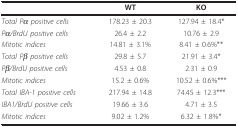
<table><thead><tr><td></td><td><b>WT</b></td><td><b>KO</b></td></tr></thead><tbody><tr><td><i>Total Pα positive cells</i></td><td>178.23 ± 20.3</td><td>127.94 ± 18.4*</td></tr><tr><td><i>Pα/BrdU positive cells</i></td><td>26.4 ± 2.2</td><td>10.76 ± 2.9</td></tr><tr><td><i>Mitotic indices</i></td><td>14.81 ± 3.1%</td><td>8.41 ± 0.6%**</td></tr><tr><td><i>Total Pβ positive cells</i></td><td>29.8 ± 5.7</td><td>21.91 ± 3.4*</td></tr><tr><td><i>Pβ/BrdU positive cells</i></td><td>4.53 ± 0.8</td><td>2.31 ± 0.9</td></tr><tr><td><i>Mitotic indices</i></td><td>15.2 ± 0.6%</td><td>10.52 ± 0.6%***</td></tr><tr><td><i>Total IBA-1 positive cells</i></td><td>217.94 ± 14.8</td><td>74.45 ± 12.3***</td></tr><tr><td><i>IBA1/BrdU positive cells</i></td><td>19.66 ± 3.6</td><td>4.71 ± 3.5</td></tr><tr><td><i>Mitotic indices</i></td><td>9.02 ± 1.2%</td><td>6.32 ± 1.8%*</td></tr></tbody></table>